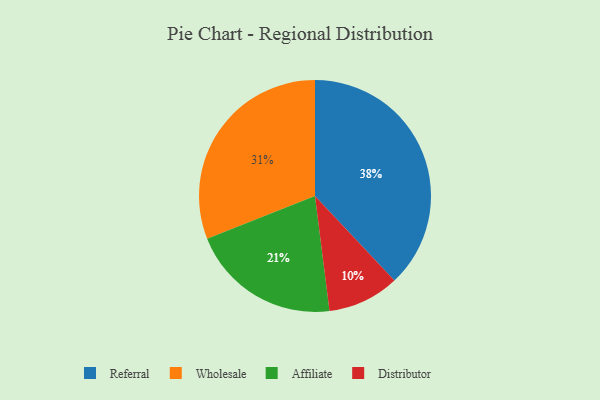
{"axis": {"x": "Category", "y": "Percentage"}, "legend": ["Affiliate", "Distributor", "Referral", "Wholesale"], "data": [{"x": "Distributor", "y": 10, "type": "Distributor"}, {"x": "Affiliate", "y": 21, "type": "Affiliate"}, {"x": "Wholesale", "y": 31, "type": "Wholesale"}, {"x": "Referral", "y": 38, "type": "Referral"}]}